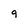
Character: 9